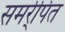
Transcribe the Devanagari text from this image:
समर्र्पित